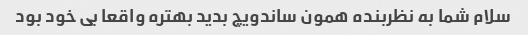
سلام شما به نظربنده همون ساندویچ بدید بهتره واقعا بی خود بود